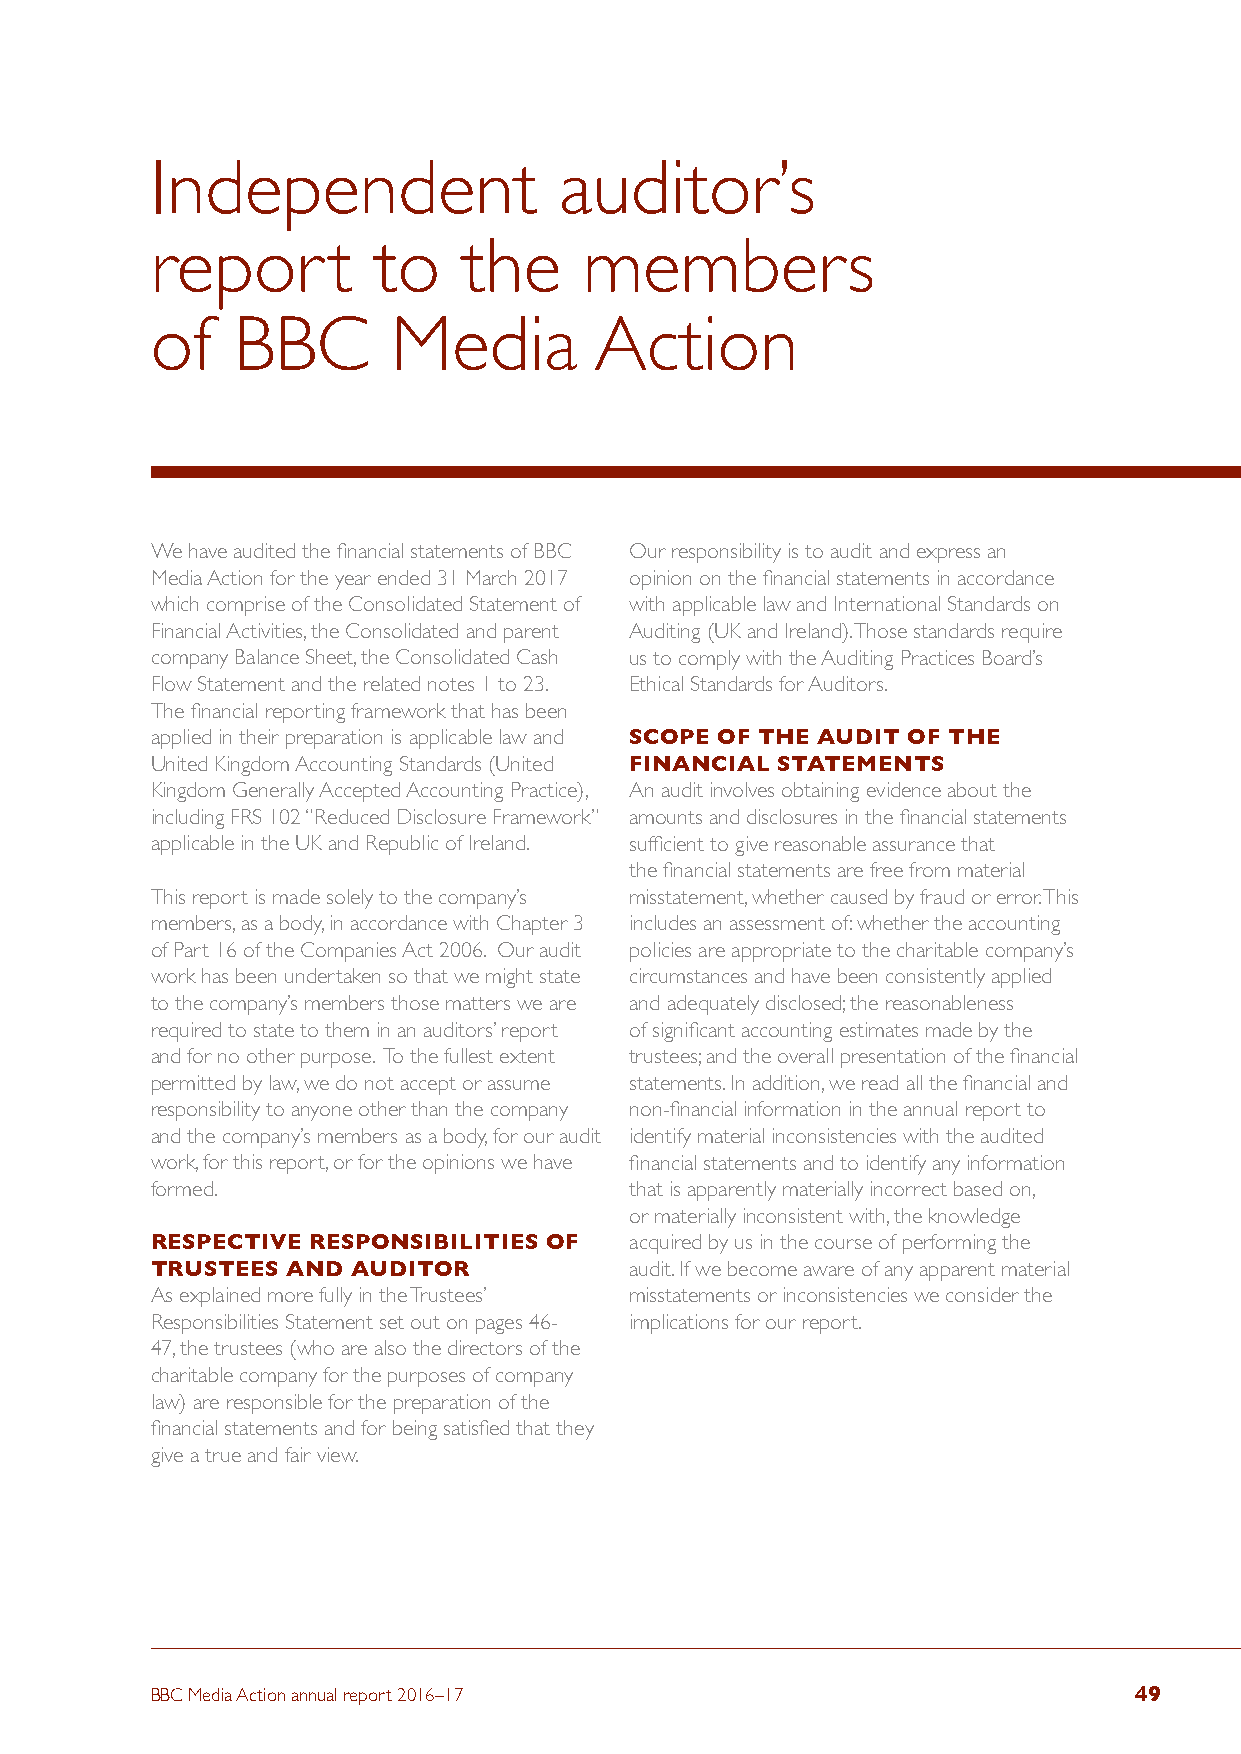
Independent                auditor’s
 report         to    the     members
 of   BBC        Media        Action
 We have audited the financial statements of BBC Our responsibility is to audit and express an
 Media Action for the year ended 31 March 2017 opinion on the financial statements in accordance
 which comprise of the Consolidated Statement of with applicable law and International Standards on
 Financial Activities, the Consolidated and parent Auditing (UK and Ireland). Those standards require
 company Balance Sheet, the Consolidated Cash us to comply with the Auditing Practices Board’s
 Flow Statement and the related notes 1 to 23. Ethical Standards for Auditors.
 The financial reporting framework that has been
 applied in their preparation is applicable law and SCOPE OF THE AUDIT OF THE
 United Kingdom Accounting Standards (United FINANCIAL STATEMENTS
 Kingdom Generally Accepted Accounting Practice), An audit involves obtaining evidence about the
 including FRS 102 “Reduced Disclosure Framework” amounts and disclosures in the financial statements
 applicable in the UK and Republic of Ireland. sufficient to give reasonable assurance that
 the financial statements are free from material
 This report is made solely to the company’s misstatement, whether caused by fraud or error. This
 members, as a body, in accordance with Chapter 3 includes an assessment of: whether the accounting
 of Part 16 of the Companies Act 2006. Our audit policies are appropriate to the charitable company’s
 work has been undertaken so that we might state circumstances and have been consistently applied
 to the company’s members those matters we are and adequately disclosed; the reasonableness
 required to state to them in an auditors’ report of significant accounting estimates made by the
 and for no other purpose. To the fullest extent trustees; and the overall presentation of the financial
 permitted by law, we do not accept or assume statements. In addition, we read all the financial and
 responsibility to anyone other than the company non-financial information in the annual report to
 and the company’s members as a body, for our audit identify material inconsistencies with the audited
 work, for this report, or for the opinions we have financial statements and to identify any information
 formed.                         that is apparently materially incorrect based on,
 or materially inconsistent with, the knowledge
 RESPECTIVE RESPONSIBILITIES OF  acquired by us in the course of performing the
 TRUSTEES AND AUDITOR            audit. If we become aware of any apparent material
 As explained more fully in the Trustees’ misstatements or inconsistencies we consider the
 Responsibilities Statement set out on pages 46- implications for our report.
 47, the trustees (who are also the directors of the
 charitable company for the purposes of company
 law) are responsible for the preparation of the
 financial statements and for being satisfied that they
 give a true and fair view.
 BBC Media Action annual report 2016–17                           49